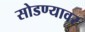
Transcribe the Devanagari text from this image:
सोडण्यावर